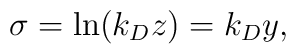
\sigma =\ln (k_Dz)=k_Dy,